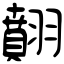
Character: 翸